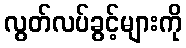
လွတ်လပ်ခွင့်များကို